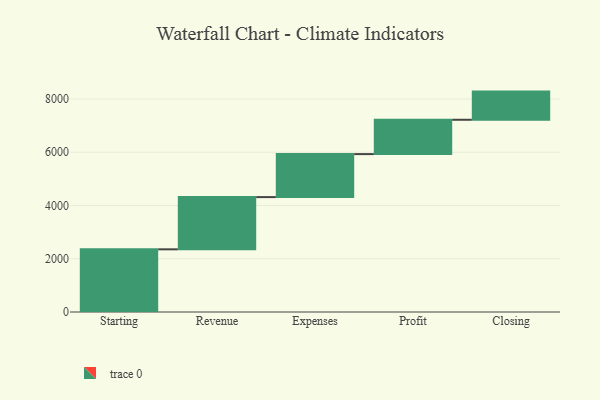
{"axis": {"x": "Step", "y": "Value"}, "legend": [""], "data": [{"x": "Starting", "y": 2354.0, "type": ""}, {"x": "Revenue", "y": 1961.0, "type": ""}, {"x": "Expenses", "y": 1615.0, "type": ""}, {"x": "Profit", "y": 1289.0, "type": ""}, {"x": "Closing", "y": 1058.0, "type": ""}]}